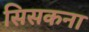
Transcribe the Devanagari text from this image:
सिसकना